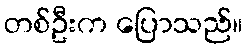
တစ်ဦးက ပြောသည်။